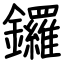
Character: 鑼